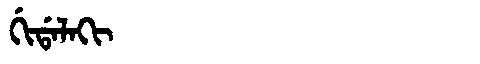
Manchu: ᡤᡳᡩᠠᠯᠠᡴᡳ
Romanization: GIDALAKI